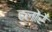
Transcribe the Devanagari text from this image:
हलोरे